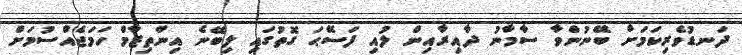
ދަނޑުވެރިކަމަށް ބޭނުންވާ ސާމާނު ދާއިރާއިން ލުއި ފަސޭޙަ ގޮތުގައި ލިބޭނެ އިންތިޒާމް ހަމަޖެއްސުމަށް